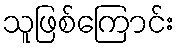
သူဖြစ်ကြောင်း